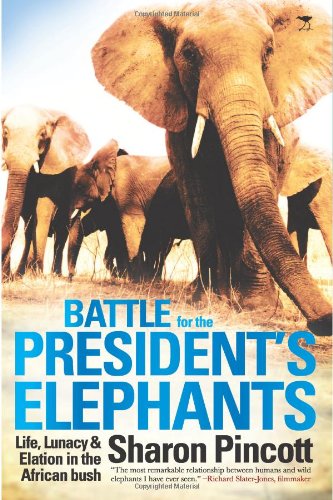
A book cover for Battle for the President's Elephants: Life, Lunacy & Elation in the African Bush; Sharon Pincott; Travel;